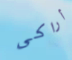
أراكى